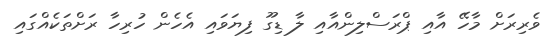
ވެރިރަށް މާހޭ އާއި ޕްރަސްލިންއާއި ލާ ޑިގޫ ފިޔަވައި އެހެން ހުރިހާ ރަށްތަކެއްގައި